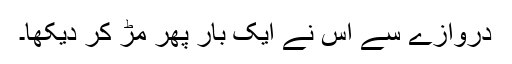
دروازے سے اس نے ایک بار پھر مڑ کر دیکھا۔